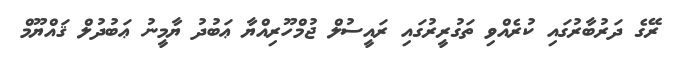
ރޭގެ ދަރުބާރުގައި ކުރެއްވި ތަގުރީރުގައި ރައީސުލް ޖުމްހޫރިއްޔާ ޢަބުދު ޔާމީނު ޢަބުދުލް ޤައްޔޫމް